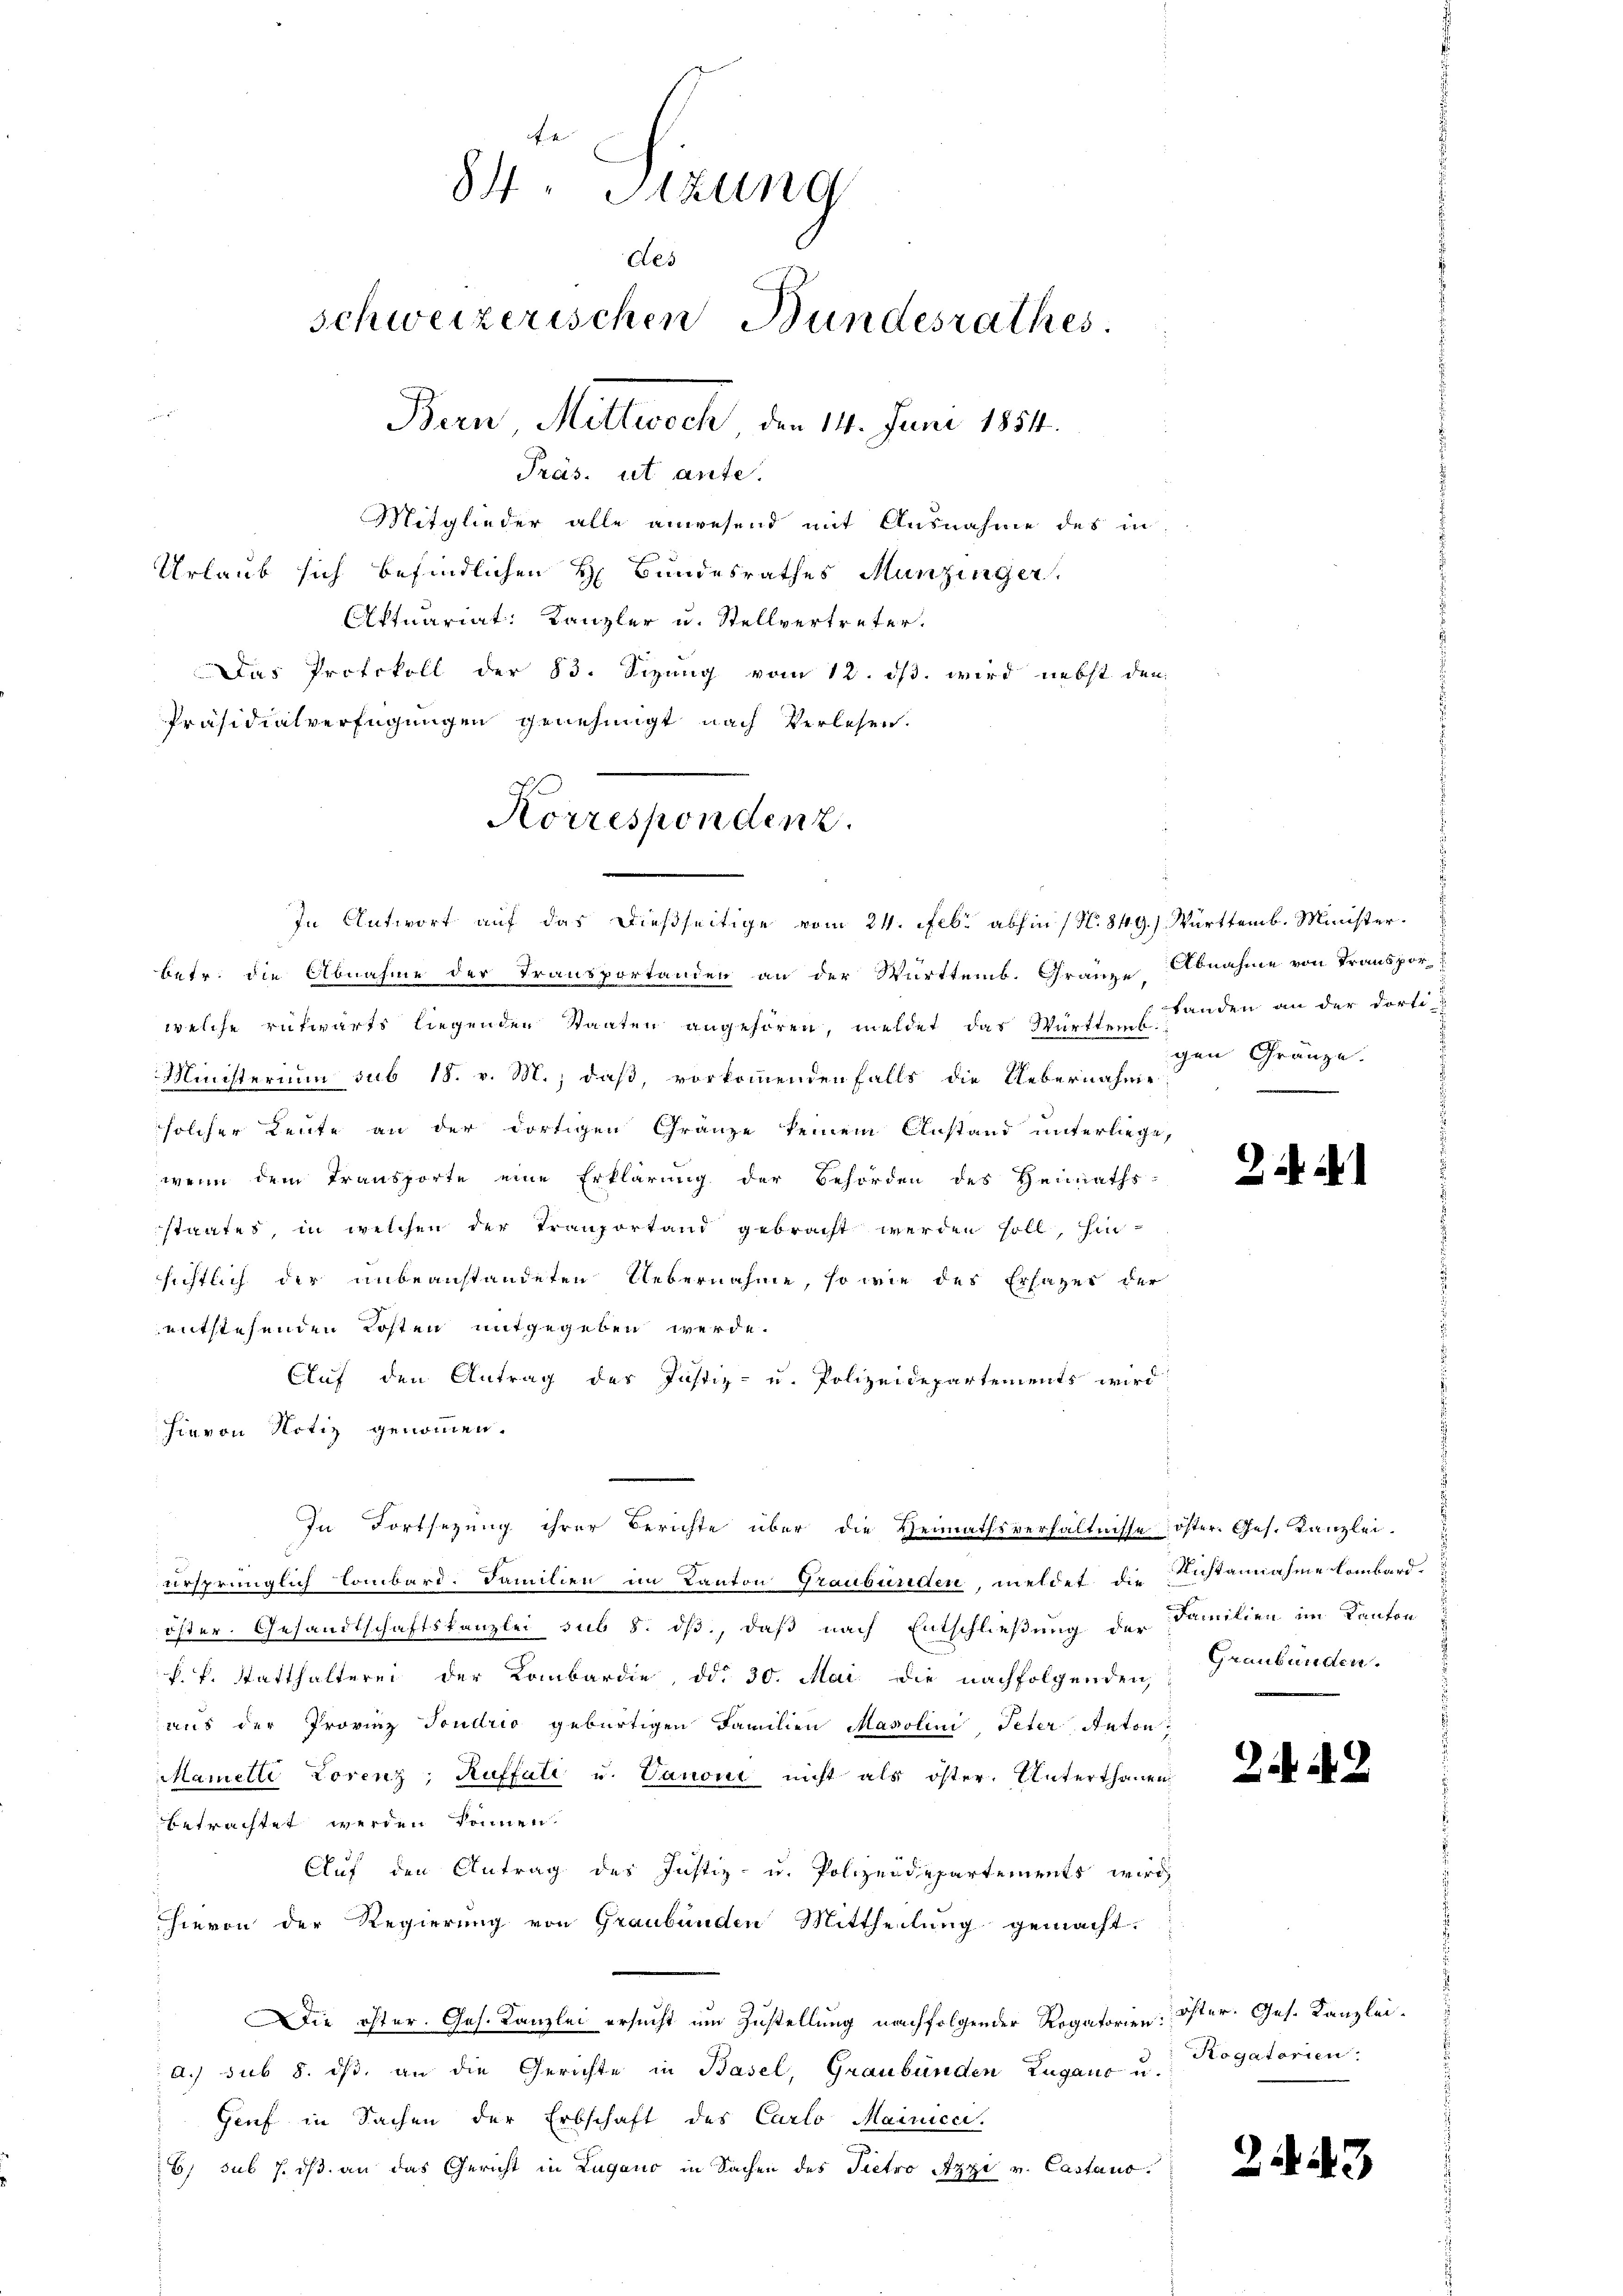
Präsidialverfügungen genehmigt nach Verlesen.

f. 4
84. Sitzung
des
schweizerischen Bundesrathes
Bern, Mittwoch den 14. Juni 18541.
Präs. ut ante.
Mitglieder alle anwesend mit Ausnahme des in
Urlaub sich befindlichen H. Bundesrathes Munzinger,
Aktuariat: Kanzler u. Stellvertreter.
Das Protokoll der 83. Sizung vom 12. ds. wird nebst den

Korrespondenz.

betr. die Abnahme der Transportanden an der Württemb. Franze Abnahme von Transpor-
welche rükwärts liegenden Staaten angehören, meldet das Würfte u. Landen an der dorti
Ministerium sub 18. v. M., daß, vorkommenden Falls die Uebernahme
solcher Leute an der dortigen Gränze keinem Anstand unterliege,
wenn dem Transporte eine Erklärung der Behörden des Heimaths-
staates, in welchen der Tranportand gebracht werden soll, hinsichtlich der unbeanstandeten Uebernahme, so wie des Erlages der
entstehenden Kosten mitgegeben werde.
Auf den Antrag des Justiz- u. Polizeidepartements wird
hievon Notiz genommen.
ursprünglich Lombard. Familien im Kanton Graubünden, meldet die Kusannahme lombard-
öster. Gesandtschaftskanzlei, sub 8. dß, daß nach Entschließung der Familien im Kanton
k. k. Statthalterei der Kombardie, dd. 30. Mai die nachfolgenden,
aus der Provinz Sondrio gebürtigen Familien Masolini, Peter Anton
Mamelte Lorenz, Ruffati u. Canone nicht als öster. Unterthanen
betrachtet werden können.
Auf den Antrag des Justiz- u. Polizeidepartements wird
hievon der Regierung von Graubünden Mittheilung gemacht.
Die öster. Ges. Kanzlei ersucht um Zustellung nachfolgender Rogatorien Öster. Ges. Kanzlei-
a.) sub 8. dβ an die Gerichte in Basel, Graubünden Zugane u. Rogatorien:
Genf in Sachen der Erbschaft des Carlo Mairicci.
6) sub 7. dβ an das Gericht in Lugano in Sachen des Pietro Azzi v. Castano.

In Antwort auf das dießseitige vom 24. Febr. abhin (N. 849.) Württemb. Minister.

In Fortsezung ihrer Berichte über die Heimathsverhältnisse öster. Ges. Kanzlei.

gen Gränze.
.

Graubünden.

2

2443